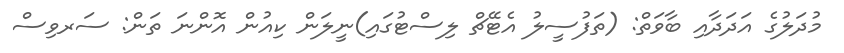
މުދަލުގެ އަދަދާއި ބާވަތް: (ތަފުސީލު އެޓޭޗް ލިސްޓުގައި)ނީލަން ކިއުން އޮންނަ ތަން: ސަރވިސް